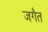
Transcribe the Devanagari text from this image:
जगैत